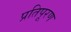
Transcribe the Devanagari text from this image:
प्रतिपूरण